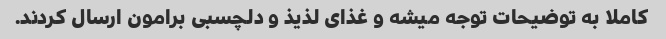
کاملا به توضیحات توجه میشه و غذای لذیذ و دلچسبی برامون ارسال کردند.